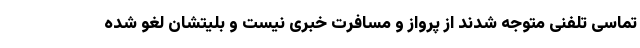
تماسی تلفنی متوجه شدند از پرواز و مسافرت خبری نیست و بلیتشان لغو شده